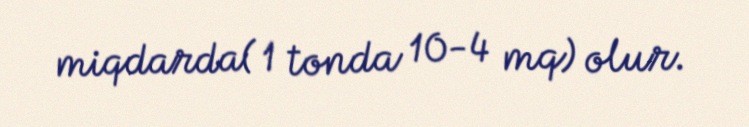
miqdarda( 1 tonda 10-4 mq) olur.